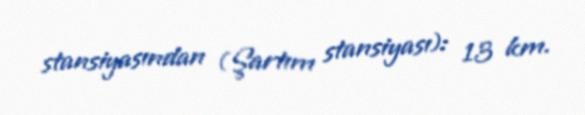
stansiyasından (Şartım stansiyası): 13 km.